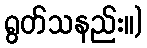
ရွတ်သနည်း။)